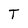
Character: T